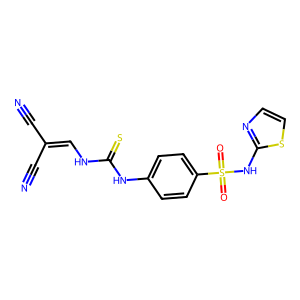
SMILES: N#CC(C#N)=CNC(=S)Nc1ccc(S(=O)(=O)Nc2nccs2)cc1
Inhibits HIV replication: No